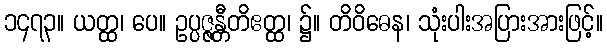
၁၄၇၃။ ယတ္ထ၊ ပေ။ ဥပ္ပဇ္ဇန္တီတိဧတ္ထ၊ ၌။ တိဝိဓေန၊ သုံးပါးအပြားအားဖြင့်။